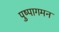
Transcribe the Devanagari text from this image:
पुष्पागमन